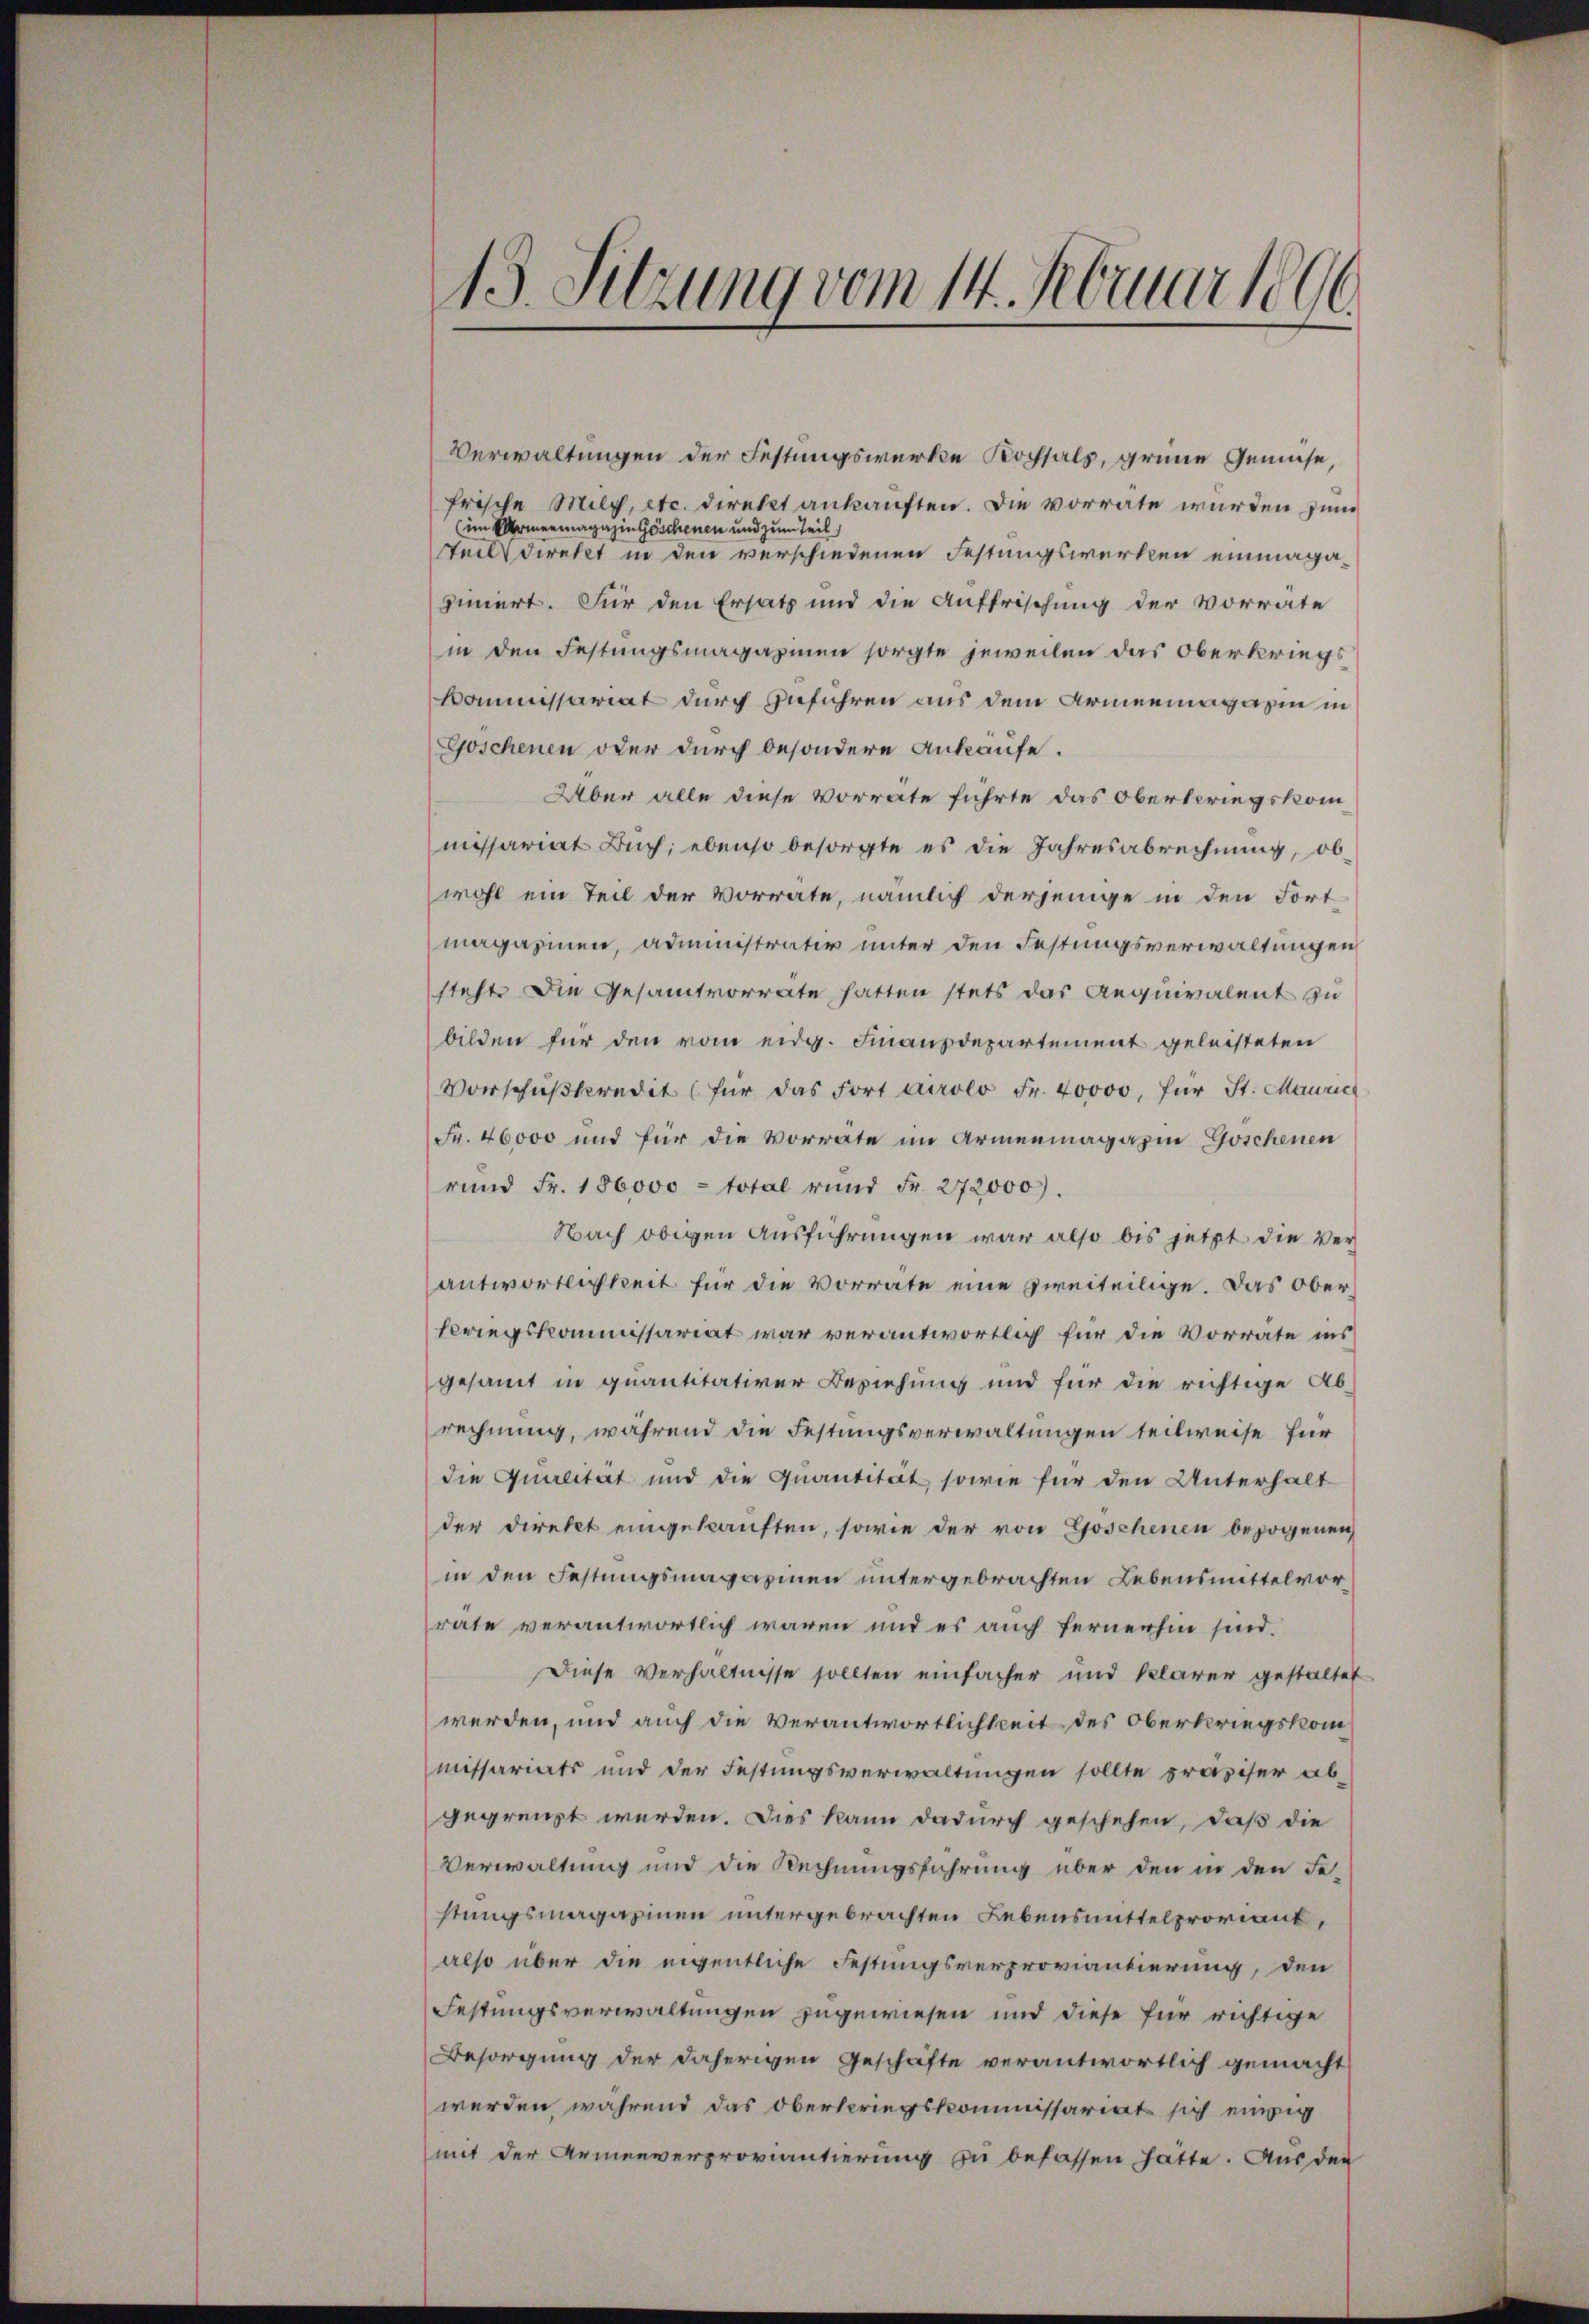
13. Sitzung vom 14. Februar 1896

Verwaltungen der Festungswerke Kochsals, grüne Gemüse,
frische Milch, etc. Direkt ankauften. Die vorräte wurden zum
(im Armenmagazin Göschenen und zum Teil
teilt direkt in den verschiedenen Festungswerken einmagazinert. Für den Ersatz und die Auffrischung der Vorrate
in den Festungsmagazinen sorgte jeweilen das Oberkriegs
Kommissariat durch Zuführen aus dem Armeemagazin in
Goschenen oder durch besondere Ankaufe.
Über alle diese Vorräte führte das Obertriegskommissariat Buch; ebenso besorgte es die Jahresabrechnung, obwohl ein Teil der Vorrate, nämlich derjenige in den Fort-
magazinen, administrativ unter den Festungsverwaltungen
steht die Gesamtvorrate hatten stets das Aequivalent zu
bilden für den vom eidg. Finanzdepartement geleisteten
Vorschŭβkredit (für das Fort Airolo Fr. 40000, für St. Mauric
Fr. 46000 und für die Vorrate im Armenmagazin Goschenen
rund Fr. 150000 - total rund Fr. 272000.
Nach obigen Ausführungen war also bis jetzt die Verantwortlichkeit für die Vorräte eine zweiteilige. Das Oberkriegskommissariat war verantwortlich für die Vorrate ins
gesammt in quantitativer Beziehung und für die richtige Ab-
rechnung, während die Festungsverwaltungen teilweise für
die Qualität und die Quantität sowie für den Unterhalt
der Direkt eingekauften, sowie der von Goschenen bezogenen
in den Festungsmagazinen untergebrachten Lebensmittelvorrate verantwortlich waren und es auch fernerhin sind.
Diese Verhältnisse sollten einfacher und klarer gestaltet
werden, und auch die Verantwortlichkeit des Oberkriegskommissariats und der Festungsverwaltungen sollte präziser ab-
gegrenzt werden. Dies kann dadurch geschehen, daß die
Verwaltung und die Rechnungsführung über den in den Fe-
stungsmagazinen untergebrachten Lebensmittelproviant,
also über die eigentliche Festungsverproviantierung, den
Festungsverwaltungen zugewiesen und diese für richtige
Besorgung der daherigen Geschäfte verantwortlich gemacht
werden, während das Oberspriegskommissariat sich einig
mit der Armenverproviantierung zu befassen hätte. Aus den